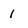
Character: 1